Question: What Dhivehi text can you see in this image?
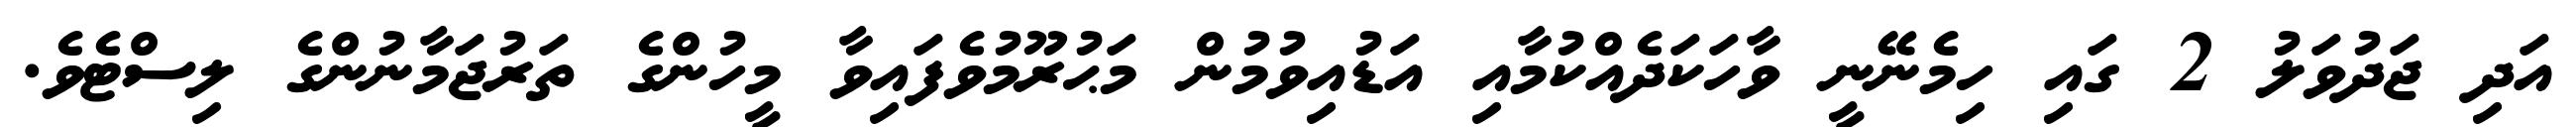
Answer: އަދި ޖަދުވަލު 2 ގައި ހިމެނޭނީ ވާހަކަދެއްކުމާއި އަޑުއިވުމުން މަޙުރޫމުވެފައިވާ މީހުންގެ ތަރުޖަމާނުންގެ ލިސްޓެވެ.